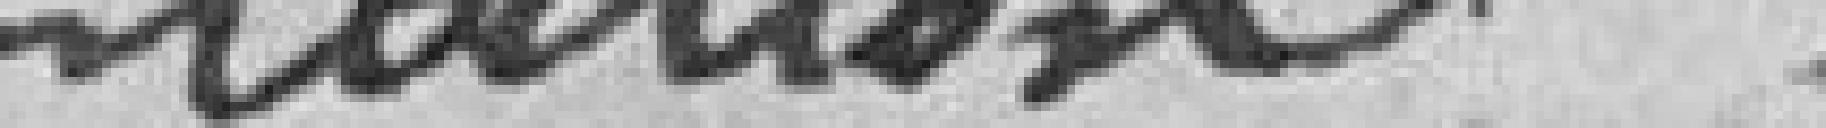
ntation